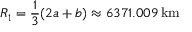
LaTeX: R _ { 1 } = { \frac { 1 } { 3 } } ( 2 a + b ) \approx 6 3 7 1 . 0 0 9 \, \mathrm { k m }